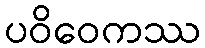
ပဝိဝေကဿ